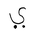
Letter: _ya